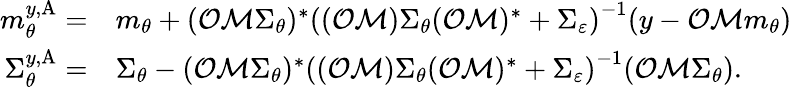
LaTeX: \begin{array}{rl}{m_{\theta}^{y,\textup{A}}=}&{m_{\theta}+(\mathcal{O}\mathcal{M}\Sigma_{\theta})^{\ast}\left((\mathcal{O}\mathcal{M})\Sigma_{\theta}(\mathcal{O}\mathcal{M})^{\ast}+\Sigma_{\varepsilon}\right)^{-1}(y-\mathcal{O}\mathcal{M}m_{\theta})}\\ {\Sigma_{\theta}^{y,\textup{A}}=}&{\Sigma_{\theta}-(\mathcal{O}\mathcal{M}\Sigma_{\theta})^{\ast}\left((\mathcal{O}\mathcal{M})\Sigma_{\theta}(\mathcal{O}\mathcal{M})^{\ast}+\Sigma_{\varepsilon}\right)^{-1}(\mathcal{O}\mathcal{M}\Sigma_{\theta}).}\end{array}